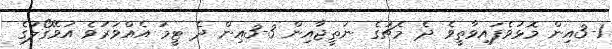
3-1އިން މޮޅުވެފައިވާތީވެ ދެ މެޗުގެ ނަތީޖާއިން 3-3އިން ދެ ޓީމު އެއްވަރުވެ އަވޭގޯލުގެ